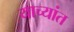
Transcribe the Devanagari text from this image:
याच्यांत